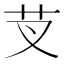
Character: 芆